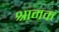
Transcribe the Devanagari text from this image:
श्रामक